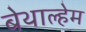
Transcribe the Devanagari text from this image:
बेथाल्हेम